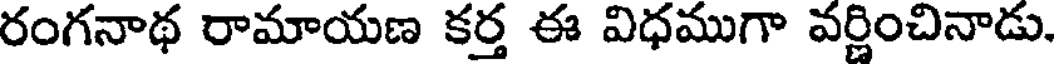
రంగనాథ రామాయణ కర్త ఈ విధముగా వర్ణించినాడు.